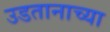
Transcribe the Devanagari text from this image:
उडतानाच्या